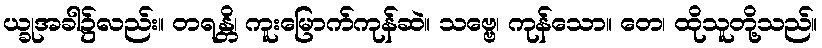
ယ္ခုအခါ၌လည်း။ တရန္တိ၊ ကူးမြောက်ကုန်ဆဲ။ သဗ္ဗေ၊ ကုန်သော။ တေ၊ ထိုသူတို့သည်။